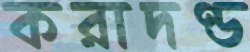
করাদণ্ড